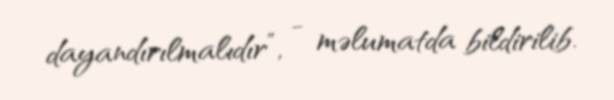
dayandırılmalıdır”, - məlumatda bildirilib.